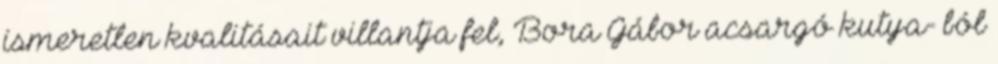
ismeretlen kvalitásait villantja fel, Bora Gábor acsargó kutya- ból